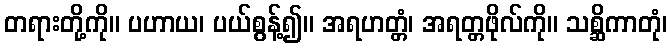
တရားတို့ကို။ ပဟာယ၊ ပယ်စွန့်၍။ အရဟတ္တံ၊ အရတ္တဖိုလ်ကို။ သစ္ဆိကာတုံ၊